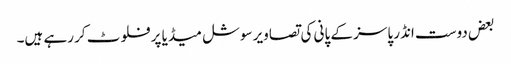
بعض دوست انڈر پاسز کے پانی کی تصاویر سوشل میڈیا پر فلوٹ کر رہے ہیں۔